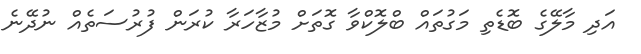
އަދި މާލޭގެ ބޮޑެތި މަގުތައް ބްލޮކްވާ ގޮތަށް މުޒާހަރާ ކުރަން ފުރުސަތެއް ނުދޭނެ